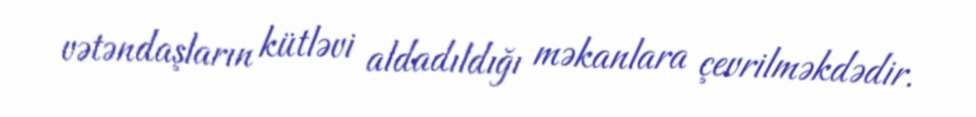
vətəndaşların kütləvi aldadıldığı məkanlara çevrilməkdədir.